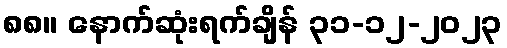
၈၈။ နောက်ဆုံးရက်ချိန် ၃၁-၁၂-၂၀၂၃